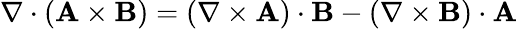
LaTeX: \nabla\cdot\left(\mathbf{A}\times\mathbf{B}\right)=(\nabla\times\mathbf{A})\cdot\mathbf{B}-(\nabla\times\mathbf{B})\cdot\mathbf{A}